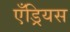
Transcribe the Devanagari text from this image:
एँड्रियस